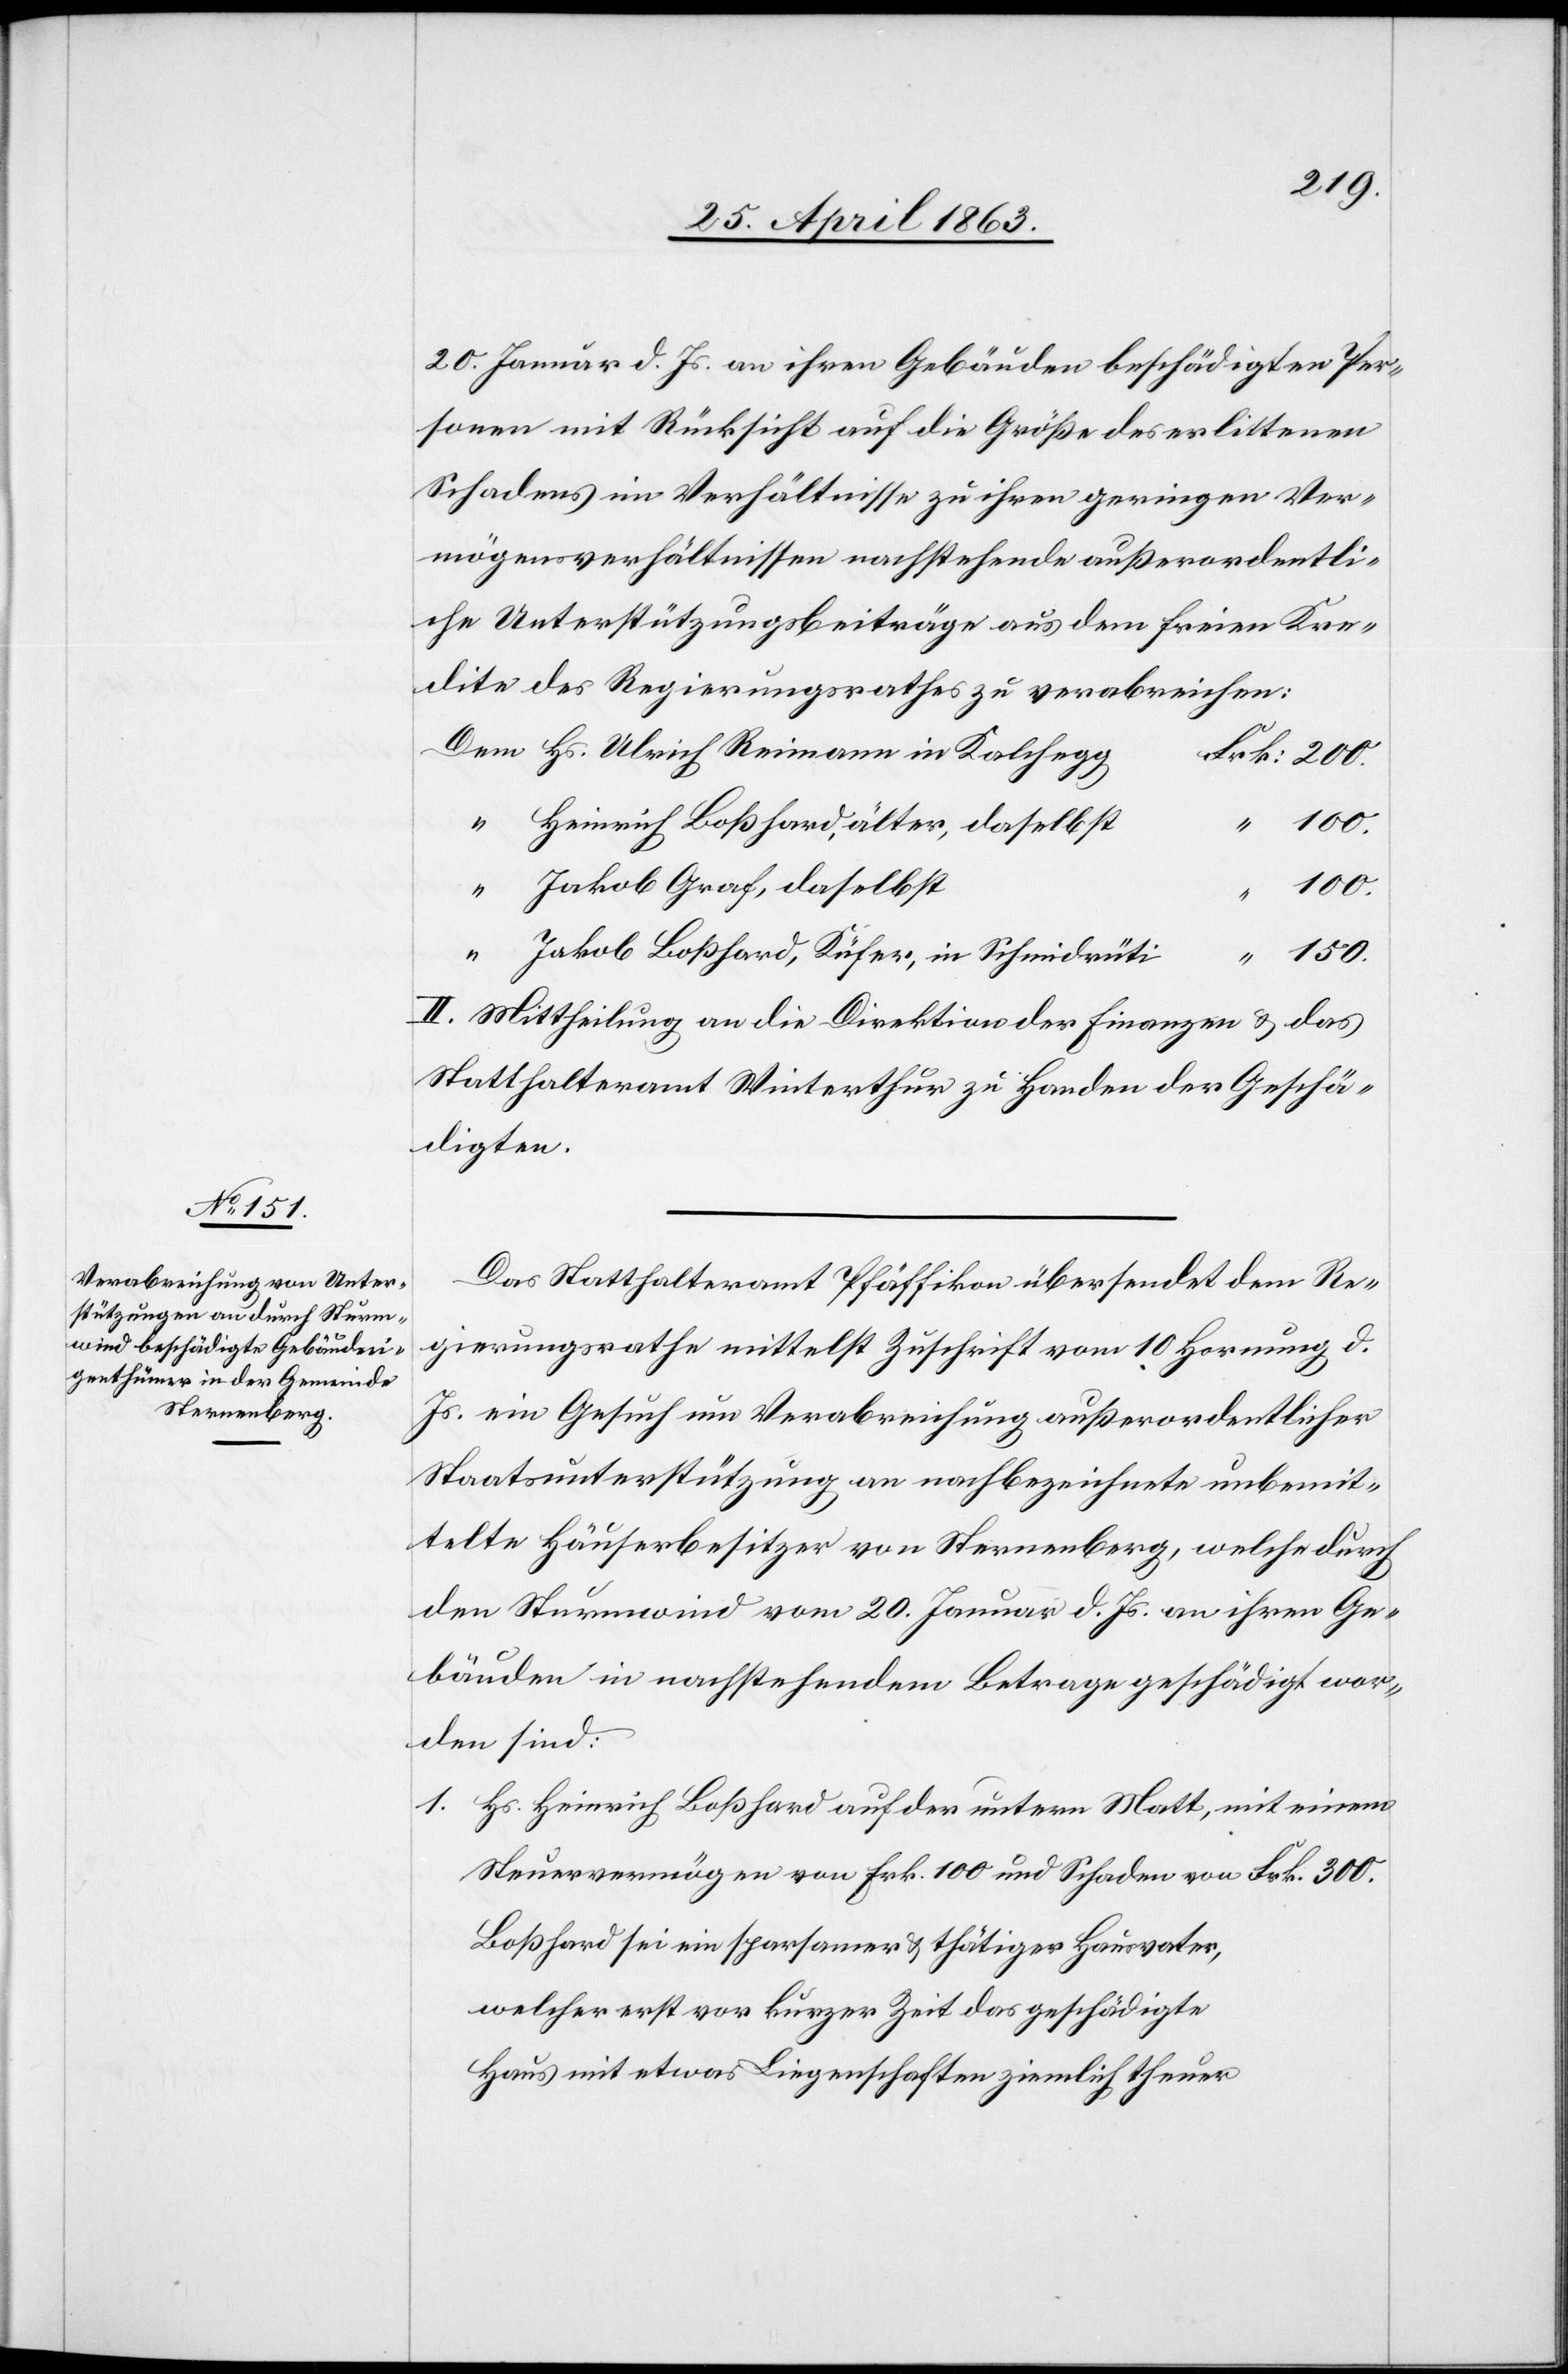
20. Januar d. Js. an ihren Gebäuden beschädigten Per¬
sonen mit Rücksicht auf die Größe des erlittenen
Schadens im Verhältnisse zu ihren geringen Ver¬
mögensverhältnissen nachstehende außerordentli¬
che Unterstützungsbeiträge aus dem freien Kre¬
dite des Regierungsrathes zu verabreichen:
Hs. Ulrich Reimann in Kalchegg
Heinrich Boßhard, älter, daselbst
Jakob Graf, daselbst
Jakob Boßhard, Küfer, in Schmidrüti
150.
II. Mittheilung an die Direktion der Finanzen & das
Statthalteramt Winterthur zu Handen der Geschä¬
digten.
Das Statthalteramt Pfäffikon übersendet dem Re¬
gierungsrathe mittelst Zuschrift vom 10 Hornung d.
Js. ein Gesuch um Verabreichung außerordentlicher
Staatsunterstützung an nachbezeichnete unbemit¬
telte Häuserbesitzer von Sternenberg, welche durch
den Sturmwind vom 20. Januar d. Js. an ihren Ge¬
bäuden in nachstehendem Betrage geschädigt wor¬
den sind:
Hs. Heinrich Boßhard auf der untern Matt, mit einem
Steuervermögen von Frk. 100 und Schaden von Frk. 300.
Boßhard sei ein sparsamer & thätiger Hausvater,
welcher erst vor kurzer Zeit das geschädigte
Haus mit etwas Liegenschaften ziemlich theuer